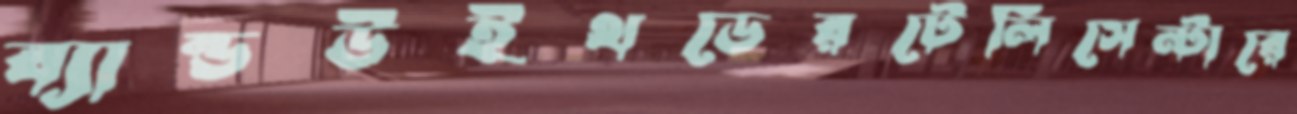
ব্যান্ডউইথডেরটেলিসেন্টারে